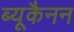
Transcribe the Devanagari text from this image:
ब्यूकैनन